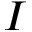
I